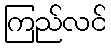
ကြည်လင်